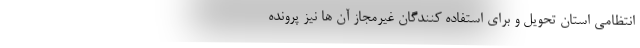
انتظامی استان تحویل و برای استفاده کنندگان غیرمجاز آن ها نیز پرونده